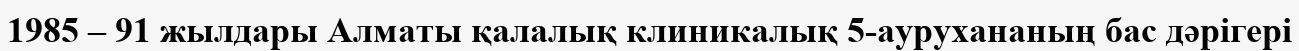
1985 – 91 жылдары Алматы қалалық клиникалық 5-аурухананың бас дәрігері